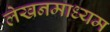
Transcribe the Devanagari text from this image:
लेखनमाध्यम